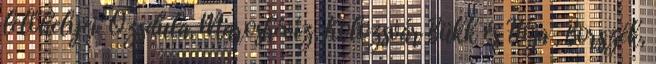
lelőhelyei: Ozsdula, Maroshévíz, Kolozsvár Bükk és Hója , Borszék,